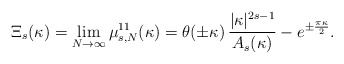
\begin{align*}\Xi_s(\kappa)=\lim_{N\to\infty} \mu_{s,N}^{11}(\kappa)=\theta(\pm\kappa)\,\frac{|\kappa|^{2s-1}}{A_s(\kappa)}-e^{\pm\frac{\pi\kappa}{2}}.\end{align*}